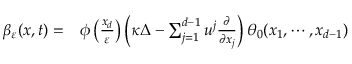
\begin{array} { r l } { \beta _ { \varepsilon } ( x , t ) = } & { { } \phi \left( \frac { x _ { d } } { \varepsilon } \right) \left( \kappa \Delta - \sum _ { j = 1 } ^ { d - 1 } u ^ { j } \frac { \partial } { \partial x _ { j } } \right) \theta _ { 0 } ( x _ { 1 } , \cdots , x _ { d - 1 } ) } \end{array}